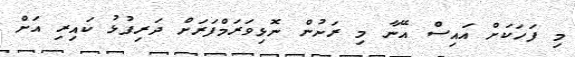
މި ފަހަކަށް އައިސް އޭނާ މި ރަށުން ނޮޅިވަރަމްފަރަށް ދަރިފުޅު ކައިރި އަށް